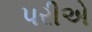
પરીએ